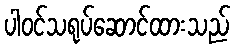
ပါဝင်သရုပ်ဆောင်ထားသည်